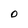
Character: 0